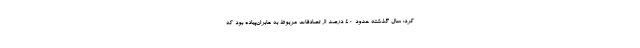
کرد: سال گذشته حدود ۴۰ درصد از تصادفات مربوط به عابران‌پیاده بود که